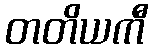
တတိယကီ